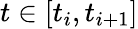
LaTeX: t\in\left[t_{i},t_{i+1}\right]